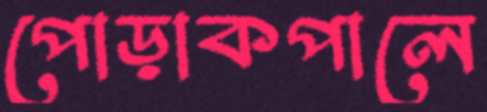
পোড়াকপালে